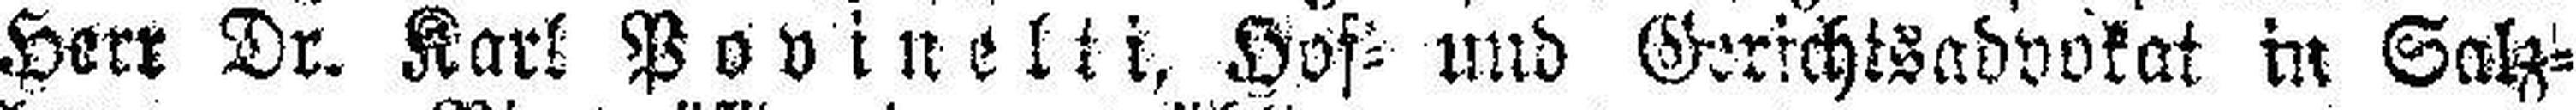
Herr Dr. Karl Povinelti, Hof= und Gerichtsadvokat in Salz¬